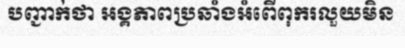
បញ្ជាក់ថា អង្គភាពប្រឆាំងអំពើពុករលួយមិន